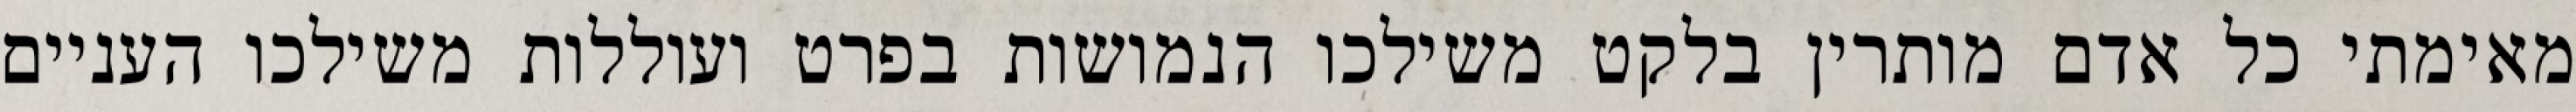
מאימתי כל אדם מותרין בלקט משילכו הנמושות בפרט ועוללות משילכו העניים